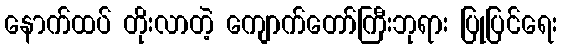
နောက်ထပ် တိုးလာတဲ့ ကျောက်တော်ကြီးဘုရား ပြုပြင်ရေး